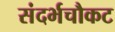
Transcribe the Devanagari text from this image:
संदर्भचौकट